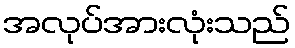
အလုပ်အားလုံးသည်